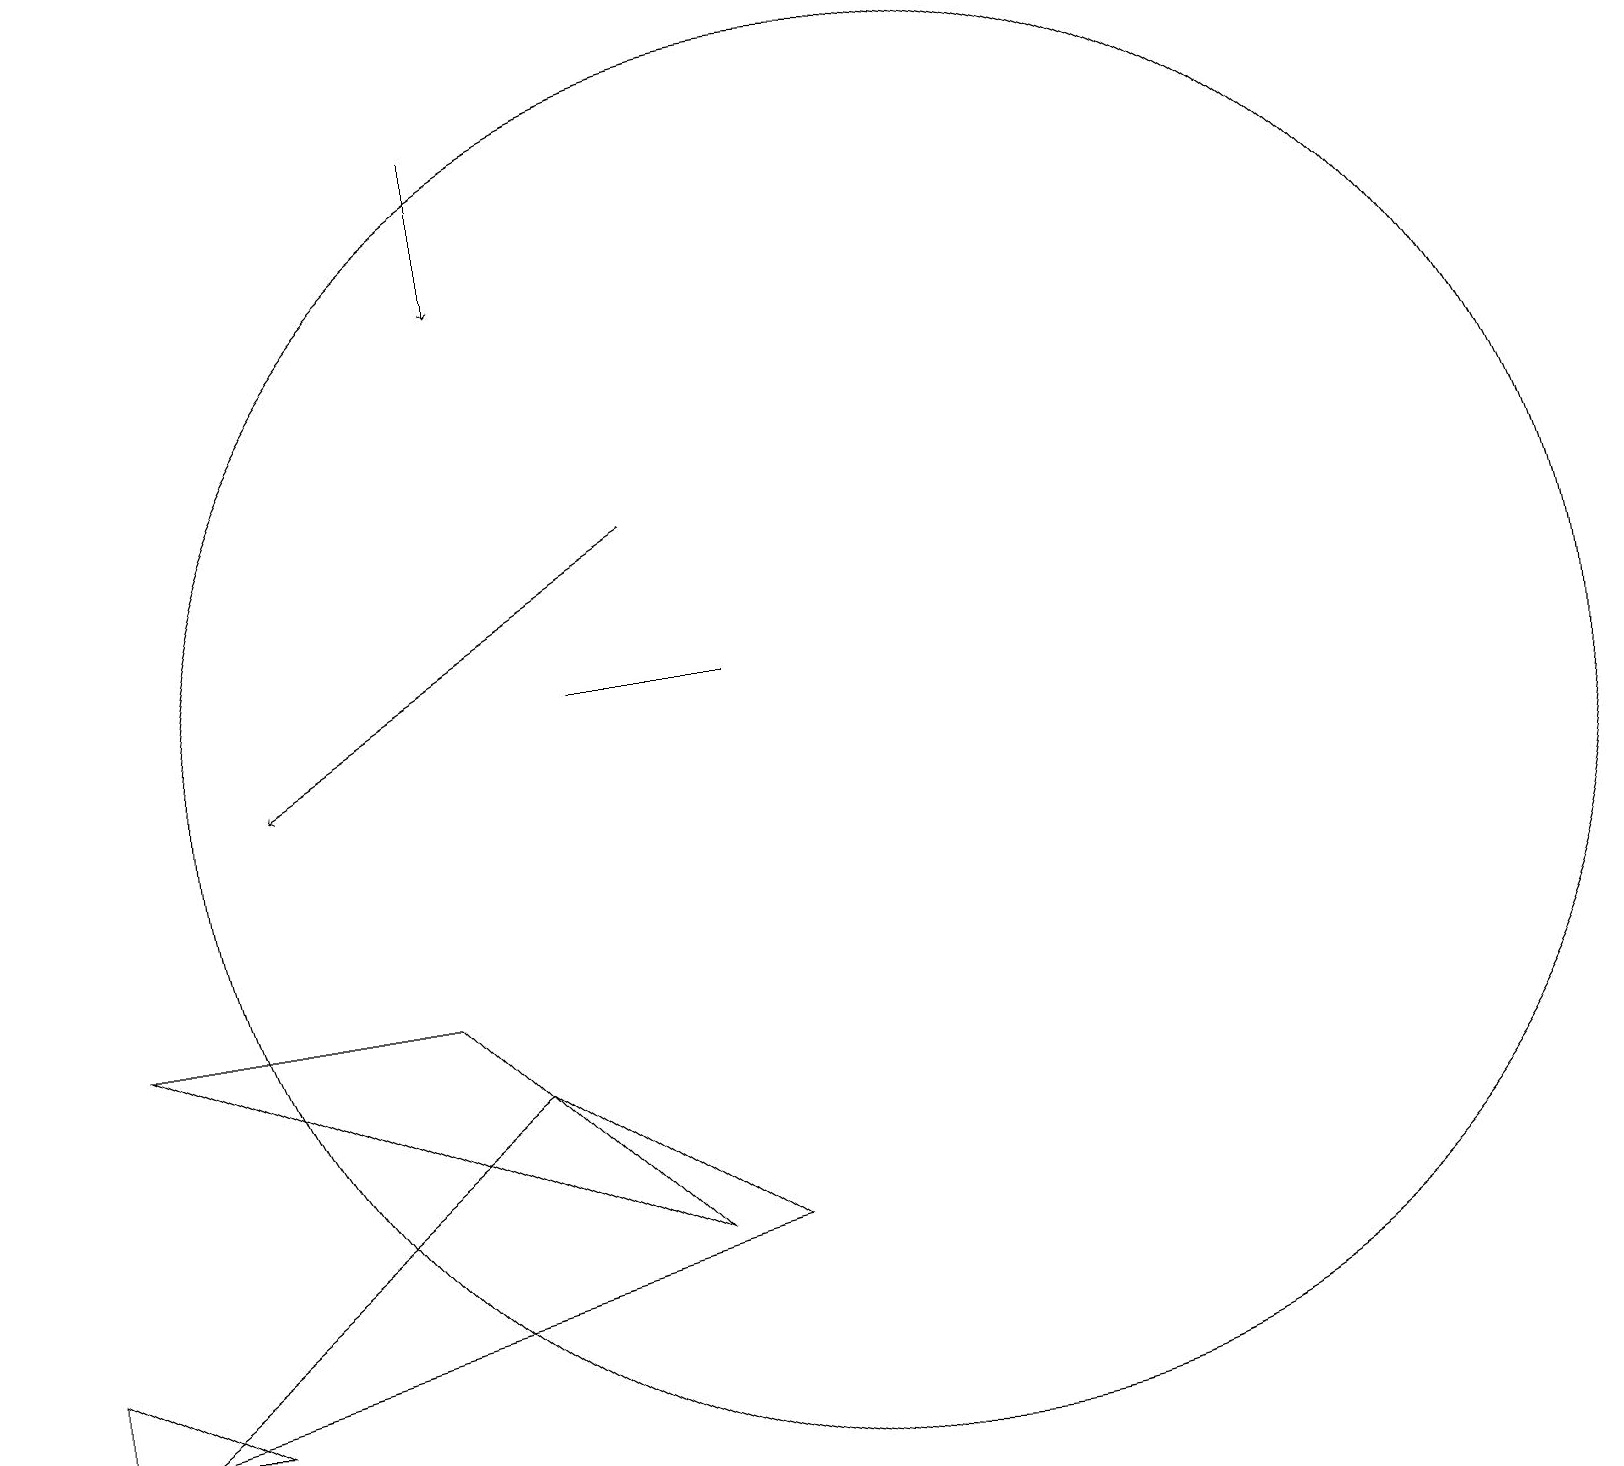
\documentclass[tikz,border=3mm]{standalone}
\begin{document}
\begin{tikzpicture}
\draw (0,3) -- (2,2) -- (0,2) -- cycle;
\draw[->] (8,13) -- (3,10);
\draw (11,10) circle (9);
\draw (1,7) -- (8,4) -- (5,7) -- cycle;
\draw[->] (6,18) -- (6,16);
\draw (6,6) -- (9,4) -- (1,2) -- cycle;
\draw (7,11) rectangle (9,11);
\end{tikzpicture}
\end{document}